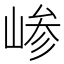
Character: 𫶅